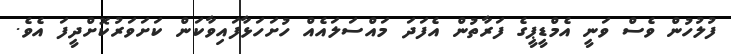
ފުލުހުން ވެސް ވަނީ އެމްޑީޕީގެ ފަރާތުން އެފަދަ މައްސަލައެއް ހުށަހަޅާފައިވާކަން ކަށަވަރުކޮށްދީފަ އެވެ.